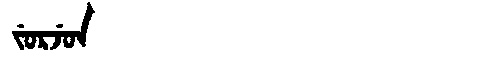
Manchu: ᠵᡠᡵᠵᡠᠨ
Romanization: JURJUN